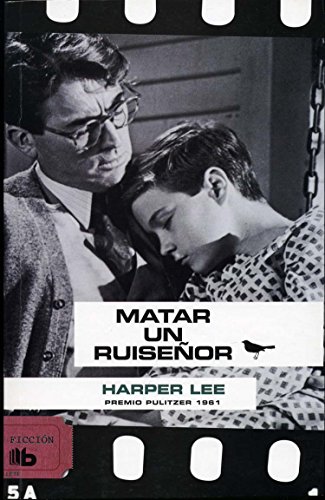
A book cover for Matar un ruisenor (Spanish Edition); Harper Lee; Teen & Young Adult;